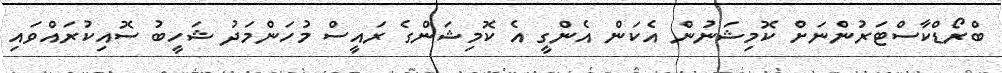
ބްރޯޑްކާސްްޓަރުންނަށް ކޮމިޝަނުން އެކަން އެންގީ އެ ކޮމިޝަންގެ ރައީސް މުހަންމަދު ޝަހީބު ސޮއިކުރައްވައި